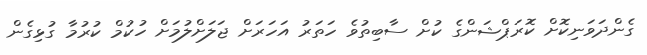
ގެންދަވަނިކޮށް ކޮރަޕްޝަންގެ ކުށް ސާބިތުވެ ހަތަރު އަހަރަށް ޖަލަށްލުމަށް ހުކުމް ކުރުމާ ގުޅިގެން